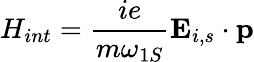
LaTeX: H_{int}=\frac{ie}{m\omega_{1S}}{\mathbf E}_{i,s}\cdot{\mathbf p}